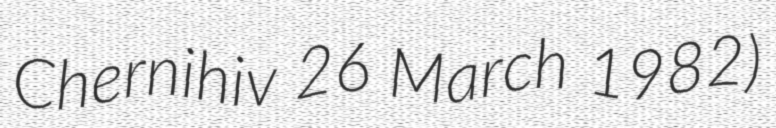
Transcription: Chernihiv 26 March 1982)